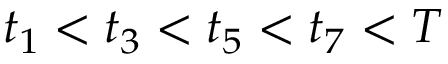
t _ { 1 } < t _ { 3 } < t _ { 5 } < t _ { 7 } < T